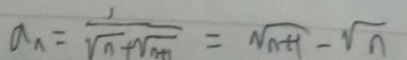
a _ { n } = \frac { 1 } { \sqrt { n } + \sqrt { n + 1 } } = \sqrt { n + 1 } - \sqrt { n }